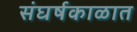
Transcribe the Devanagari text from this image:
संघर्षकाळात